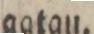
gatan.